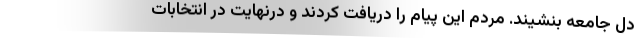
دل جامعه بنشیند. مردم این پیام را دریافت کردند و درنهایت در انتخابات